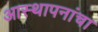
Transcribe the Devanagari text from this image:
आस्थापनांचा